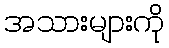
အသားများကို